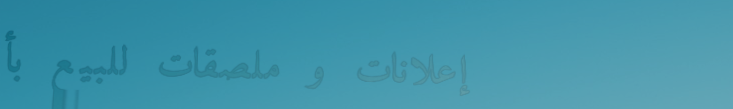
إعلانات و ملصقات للبيع بأ